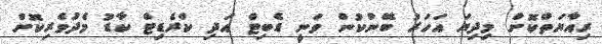
ރިއާޔަތްކޮށް މިދިޔަ އަހަރު ބޭންކުން ވަނީ ޑެބިޓް އަދި ކްރެޑިޓް ކާޑު މެދުވެރިކޮށް